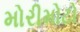
મોરીમોટો